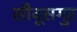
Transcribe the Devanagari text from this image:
सीवूसगुर